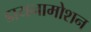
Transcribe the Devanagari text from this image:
डायनामोशन